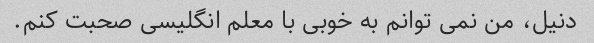
دنیل، من نمی توانم به خوبی با معلم انگلیسی صحبت کنم.